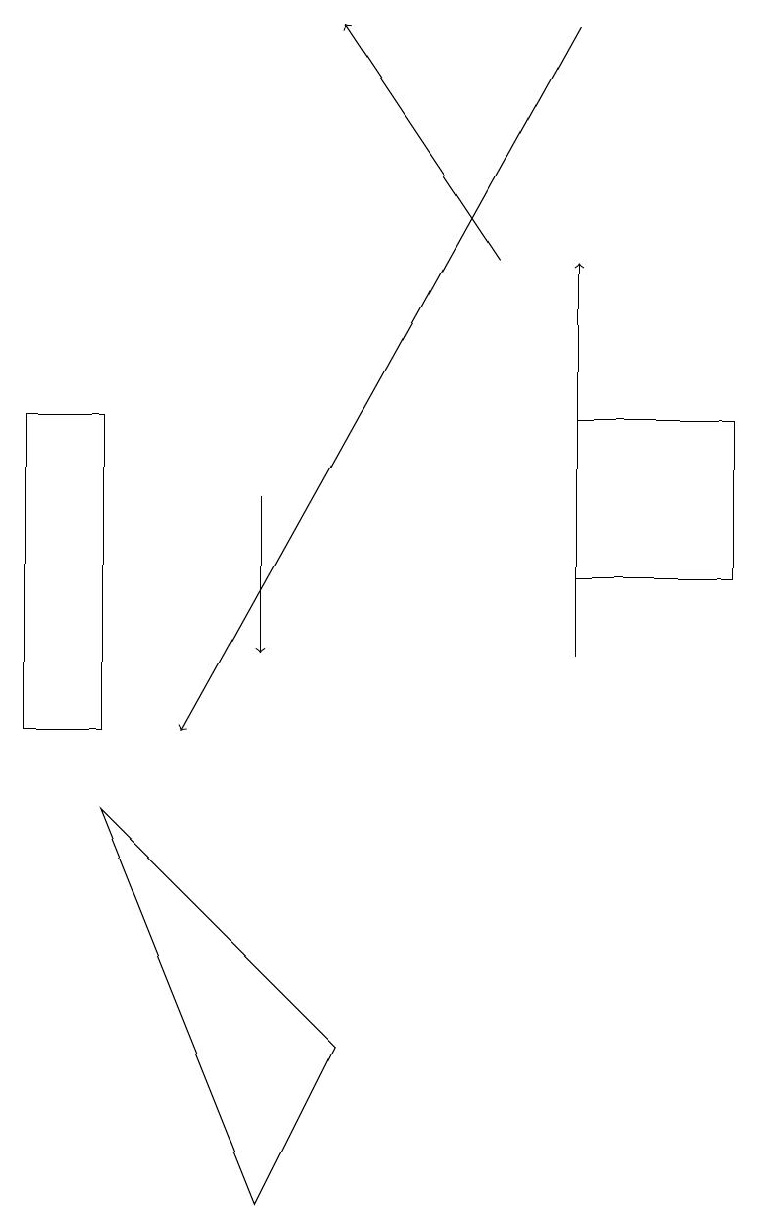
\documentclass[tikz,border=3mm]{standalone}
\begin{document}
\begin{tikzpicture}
\draw (9,12) rectangle (7,14);
\draw[->] (3,13) -- (3,11);
\draw (4,6) -- (3,4) -- (1,9) -- cycle;
\draw (0,14) rectangle (1,10);
\draw[->] (7,11) -- (7,16);
\draw[->] (7,19) -- (2,10);
\draw[->] (6,16) -- (4,19);
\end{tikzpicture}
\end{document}